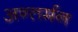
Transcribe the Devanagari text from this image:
अन्‍तर्मन